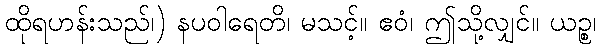
ထိုရဟန်းသည်၊) နပဝါရေတိ၊ မသင့်။ ဧဝံ၊ ဤသို့လျှင်။ ယဉ္စ၊